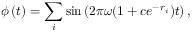
\phi \left( t \right) = \sum _ { i } \sin \left( 2 \pi \omega ( 1 + c e ^ { - r _ { i } } ) t \right) ,